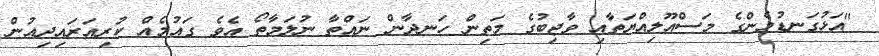
"އަޅުގަނޑުމެންގެ މަސްއޫލިއްޔަތާއި ވާޖިބުގެ މަތިން ހަނދާން ނައްތާ ނުލަމާތޯ އެވެ ގައުމެއް ކުރިއަރައިދިއުން